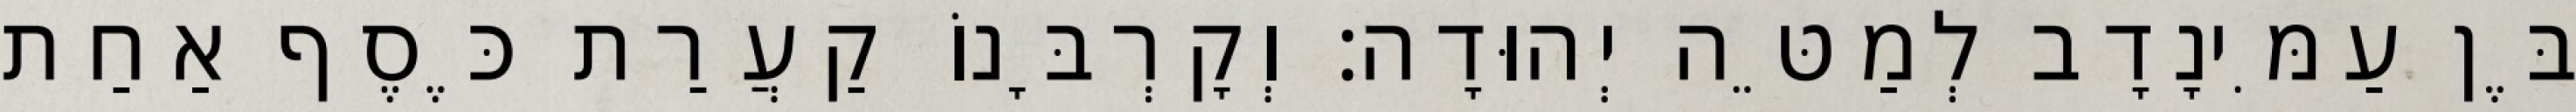
בֶּן עַמִּינָדָב לְמַטֵּה יְהוּדָה׃ וְקָרְבָּנוֹ קַעֲרַת כֶּסֶף אַחַת